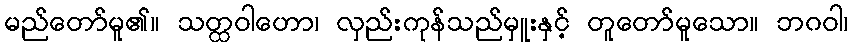
မည်တော်မူ၏။ သတ္ထဝါဟော၊ လှည်းကုန်သည်မှူးနှင့် တူတော်မူသော။ ဘဂဝါ၊